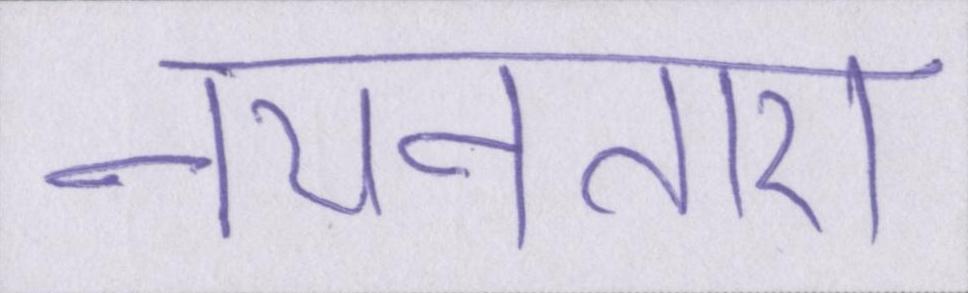
नयनतारा